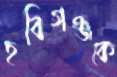
হবিগঞ্জকে